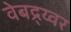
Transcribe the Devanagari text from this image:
वेबद्र्य्वर